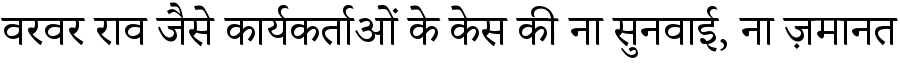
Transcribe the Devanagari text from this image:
वरवर राव जैसे कार्यकर्ताओं के केस की ना सुनवाई, ना ज़मानत